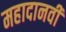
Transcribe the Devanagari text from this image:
महादानवी